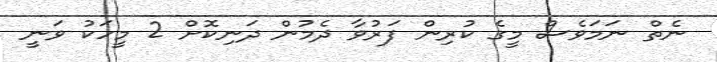
ނެތް ނަމަވެސް މީގެ ކުރިން ފަރުވާ ދެމުން ދަނިކޮށް 2 މީހަކު ވަނީ